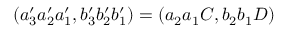
( a _ { 3 } ^ { \prime } a _ { 2 } ^ { \prime } a _ { 1 } ^ { \prime } , b _ { 3 } ^ { \prime } b _ { 2 } ^ { \prime } b _ { 1 } ^ { \prime } ) = ( a _ { 2 } a _ { 1 } C , b _ { 2 } b _ { 1 } D )